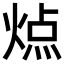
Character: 𬊬